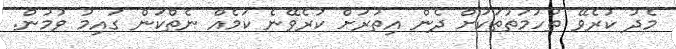
މެދު ކުރެވޭ ތުހުމަތުތަކަށް ދެން އިތުރަށް ކުރެވޭނެ ކަމެއް ނެތްކަން ގައިމު ވުމުން.